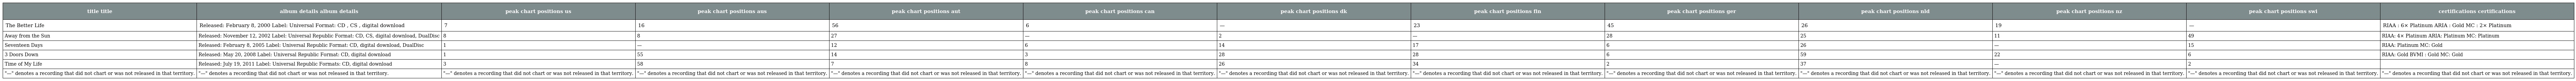
| title title | album details album details | peak chart positions us | peak chart positions aus | peak chart positions aut | peak chart positions can | peak chart positions dk | peak chart positions fin | peak chart positions ger | peak chart positions nld | peak chart positions nz | peak chart positions swi | certifications certifications |
 | --- | --- | --- | --- | --- | --- | --- | --- | --- | --- | --- | --- | --- |
 | The Better Life | Released: February 8, 2000 Label: Universal Format: CD , CS , digital download | 7 | 16 | 56 | 6 | — | 23 | 45 | 26 | 19 | — | RIAA : 6× Platinum ARIA : Gold MC : 2× Platinum |
 | Away from the Sun | Released: November 12, 2002 Label: Universal Republic Format: CD, CS, digital download, DualDisc | 8 | 8 | 27 | — | 2 | — | 28 | 25 | 11 | 49 | RIAA: 4× Platinum ARIA: Platinum MC: Platinum |
 | Seventeen Days | Released: February 8, 2005 Label: Universal Republic Format: CD, digital download, DualDisc | 1 | — | 12 | 6 | 14 | 17 | 6 | 26 | — | 15 | RIAA: Platinum MC: Gold |
 | 3 Doors Down | Released: May 20, 2008 Label: Universal Republic Format: CD, digital download | 1 | 55 | 14 | 3 | 28 | 28 | 6 | 59 | 22 | 6 | RIAA: Gold BVMI : Gold MC: Gold |
 | Time of My Life | Released: July 19, 2011 Label: Universal Republic Formats: CD, digital download | 3 | 58 | 7 | 8 | 26 | 34 | 2 | 37 | — | 2 |  |
 | "—" denotes a recording that did not chart or was not released in that territory. | "—" denotes a recording that did not chart or was not released in that territory. | "—" denotes a recording that did not chart or was not released in that territory. | "—" denotes a recording that did not chart or was not released in that territory. | "—" denotes a recording that did not chart or was not released in that territory. | "—" denotes a recording that did not chart or was not released in that territory. | "—" denotes a recording that did not chart or was not released in that territory. | "—" denotes a recording that did not chart or was not released in that territory. | "—" denotes a recording that did not chart or was not released in that territory. | "—" denotes a recording that did not chart or was not released in that territory. | "—" denotes a recording that did not chart or was not released in that territory. | "—" denotes a recording that did not chart or was not released in that territory. | "—" denotes a recording that did not chart or was not released in that territory. |